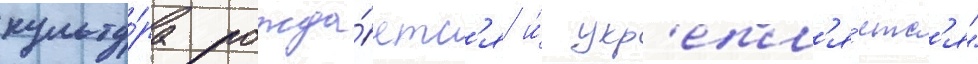
культу́ра рожда́етс'я и́ укр'епл'я́етс'я"